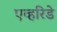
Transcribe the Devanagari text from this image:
एव्हरिडे